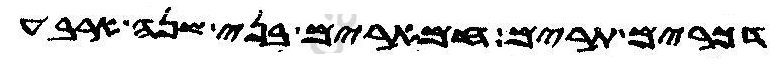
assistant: דכרים תרים חמארים בני שנה ארבע